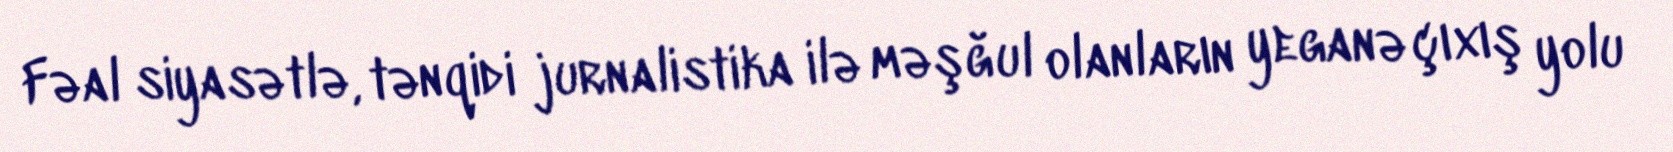
Fəal siyasətlə, tənqidi jurnalistika ilə məşğul olanların yeganə çıxış yolu